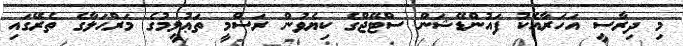
މި ދިރާސީ އަހަރާއެކު ފައުންޑޭޝަން ސްޓޭޖްގެ ކިޔެވުން ރަސްމީ ތަޢުލީމުގެ މަރްޙަލާގެ ތެރޭގައި